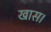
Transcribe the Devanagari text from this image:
खास।